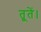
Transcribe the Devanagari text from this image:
तूतें।